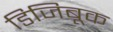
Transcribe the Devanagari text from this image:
डिजिबूक